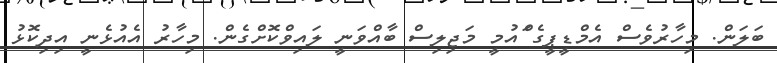
ބަލަން. މިހާރުވެސް އެމްޑީޕީގެ ްައުމީ މަޖިލިސް ބާއްވަނީ ލައިވްކޮށްގެން. މިހާރު އެއުޅެނީ އިދިކޮޅު